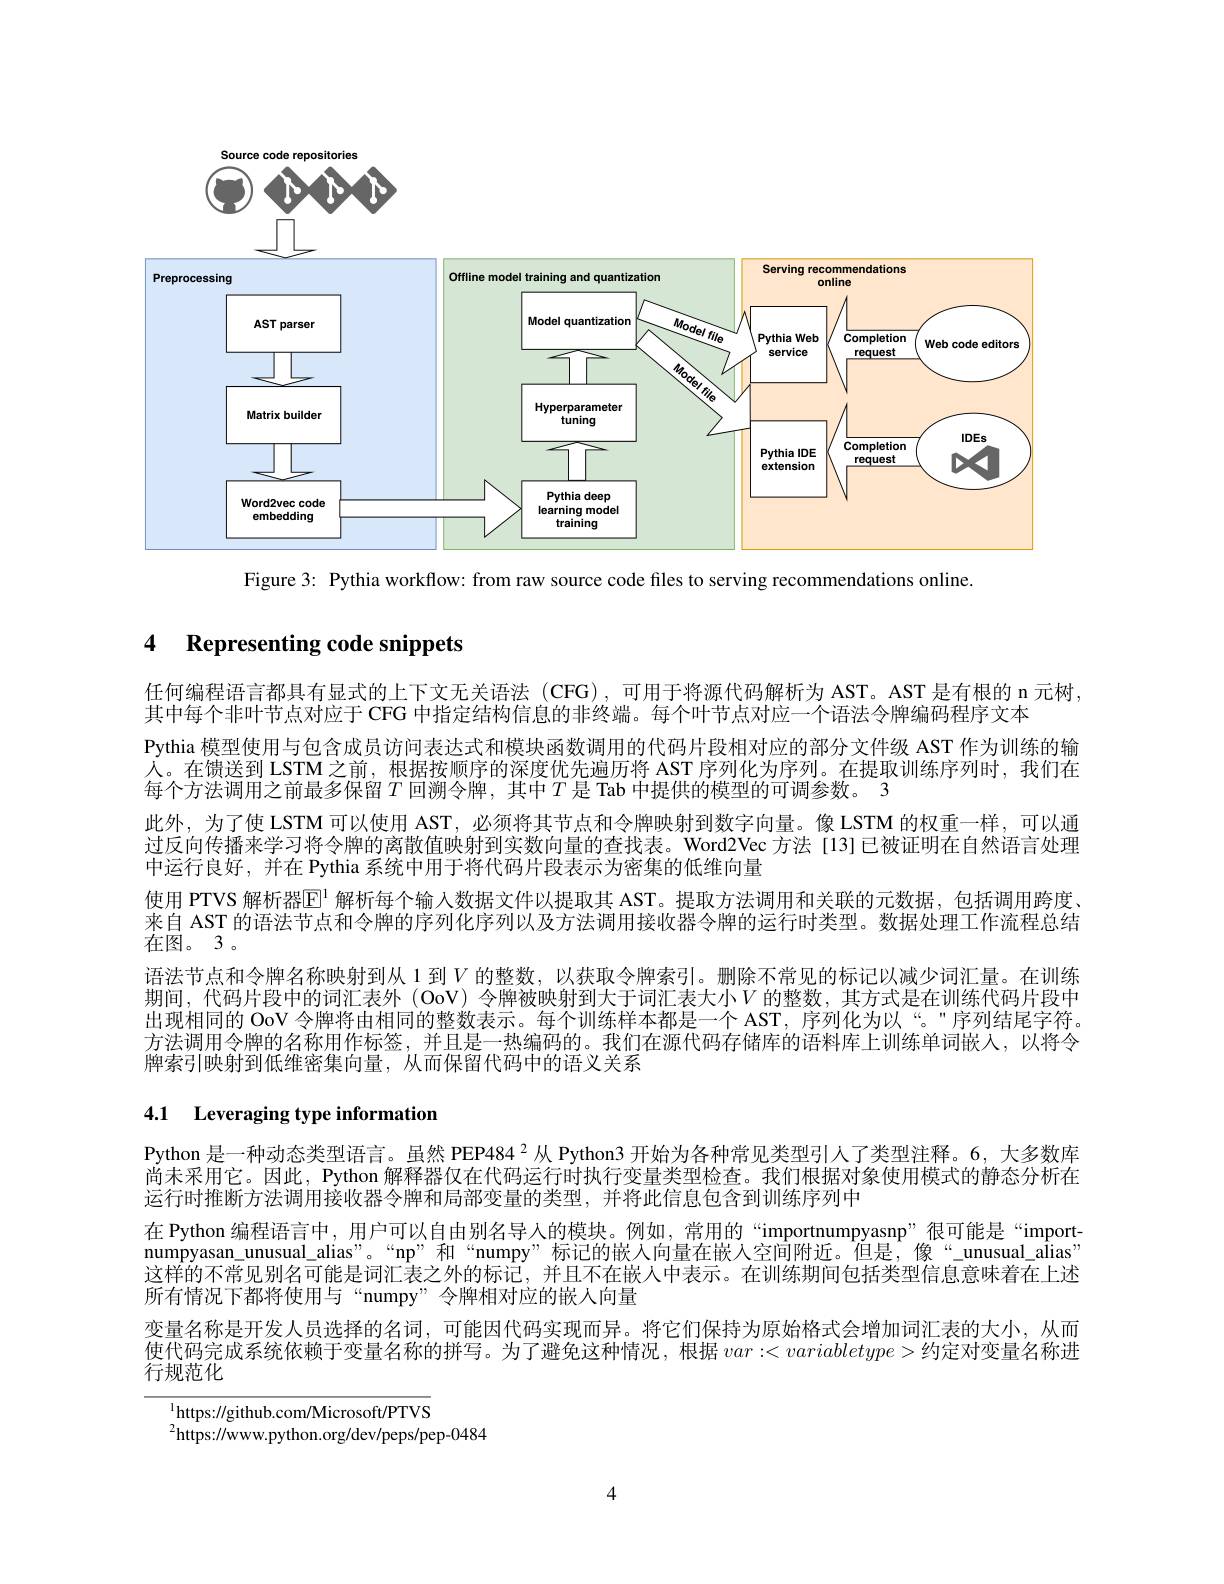
Source code repositories

$\textcircled{2}WDD$
<FigureHere>

Figure 3: Pythia workflow: from raw source code files to serving recommendations online.

## 4 Representing code snippets

任何编程语言都具有显式的上下文无关语法 (CFG),可用于将源代码解析为 AST。AST 是有根的 n 元树，
其中每个非叶节点对应于 CFG 中指定结构信息的非终端。每个叶节点对应一个语法令牌编码程序文本
Pythia 模型使用与包含成员访问表达式和模块函数调用的代码片段相对应的部分文件级 AST 作为训练的输人。在馈送到 LSTM 之前，根据按顺序的深度优先遍历将 AST 序列化为序列。在提取训练序列时，我们在每个方法调用之前最多保留$T$ 回溯令牌，其中$T$ 是 Tab 中提供的模型的可调参数。3
此外，为了使 LSTM 可以使用 AST, 必须将其节点和令牌映射到数字向量。像 LSTM 的权重一样，可以通过反向传播来学习将令牌的离散值映射到实数向量的查找表。Word2Vec 方法[13]已被证明在自然语言处理中运行良好，并在 Pythia 系统中用于将代码片段表示为密集的低维向量
使用 PTVS 解析器$\mathbb{E}^{\mathrm{l}}$ 解析每个输入数据文件以提取其 AST。提取方法调用和关联的元数据，包括调用跨度。来自 AST 的语法节点和令牌的序列化序列以及方法调用接收器令牌的运行时类型。数据处理工作流程总结在图。3。
语法节点和令牌名称映射到从 1 到$V$ 的整数，以获取令牌索引。删除不常见的标记以减少词汇量。在训练期间，代码片段中的词汇表外 (OoV) 令牌被映射到大于词汇表大小$V$ 的整数，其方式是在训练代码片段中出现相同的 OoV 令牌将由相同的整数表示。每个训练样本都是一个 AST, 序列化为以“。”序列结尾字符。方法调用令牌的名称用作标签，并且是一热编码的。我们在源代码存储库的语料库上训练单词嵌人，以将令牌索引映射到低维密集向量，从而保留代码中的语义关系

# 4.1 Leveraging type information

Python 是一种动态类型语言。虽然 PEP484$^{2}$从 Python3 开始为各种常见类型引人了类型注释。6, 大多数库尚未采用它。因此，Python 解释器仅在代码运行时执行变量类型检查。我们根据对象使用模式的静态分析在运行时推断方法调用接收器令牌和局部变量的类型，并将此信息包含到训练序列中
在 Python 编程语言中，用户可以自由别名导人的模块。例如，常用的“importnumpyasnp”很可能是“importnumpyasan\_unusual\_alias”。“np”和“numpy”标记的嵌人向量在嵌人空间附近。但是，像“_unusual_alias” 这样的不常见别名可能是词汇表之外的标记，并且不在嵌人中表示。在训练期间包括类型信息意味着在上述所有情况下都将使用与“numpy”令牌相对应的嵌人向量
变量名称是开发人员选择的名词，可能因代码实现而异。将它们保持为原始格式会增加词汇表的大小，从而使代码完成系统依赖于变量名称的拼写。为了避免这种情况，根据 $var:<variabletype>$约定对变量名称进行规范化

https: / / github. com/ Microsoft/ PTVS
$^{2}$https://www.python.org/dev/peps/pep-0484

4